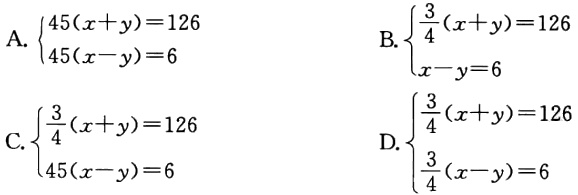
A. $\begin{cases}45(x + y)=126\\45(x - y)=6\end{cases}$

B. $\begin{cases}\frac{3}{4}(x + y)=126\\x - y=6\end{cases}$

C. $\begin{cases}\frac{3}{4}(x + y)=126\\45(x - y)=6\end{cases}$

D. $\begin{cases}\frac{3}{4}(x + y)=126\\\frac{3}{4}(x - y)=6\end{cases}$